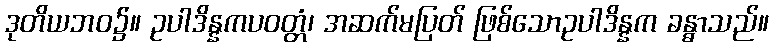
ဒုတိယဘဝ၌။ ဥပါဒိန္နကပဝတ္တံ၊ အဆက်မပြတ် ဖြစ်သောဥပါဒိန္နက ခန္ဓာသည်။